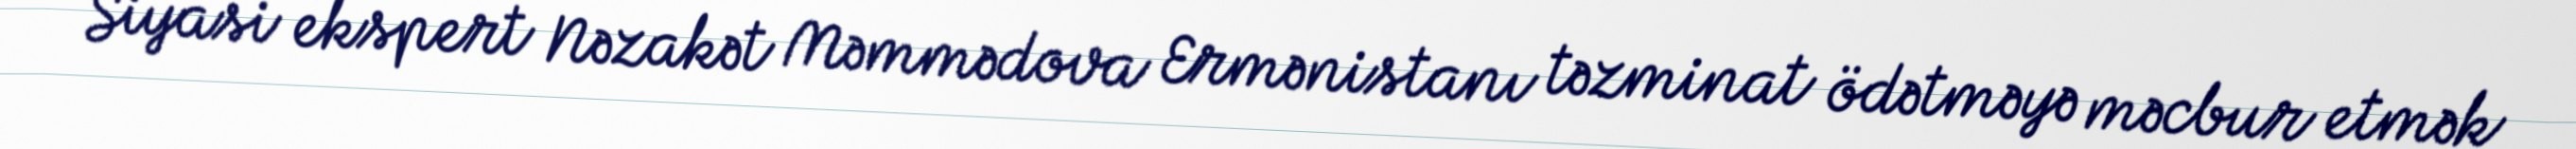
Siyasi ekspert Nəzakət Məmmədova Ermənistanı təzminat ödətməyə məcbur etmək